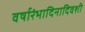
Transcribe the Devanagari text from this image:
वर्षारंभादिनादिवशी